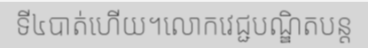
ទី៤បាត់ហើយ។លោកវេជ្ជបណ្ឌិតបន្ត